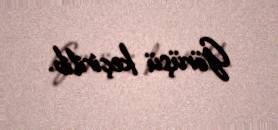
Görüşü keçirilib.